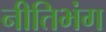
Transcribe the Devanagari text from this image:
नीतिभंग